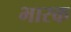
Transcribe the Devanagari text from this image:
भारक